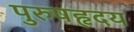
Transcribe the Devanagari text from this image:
पुरुषहृदय